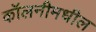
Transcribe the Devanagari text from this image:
कॉलनीमधील